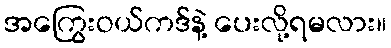
အကြွေးဝယ်ကဒ်နဲ့ ပေးလို့ရမလား။